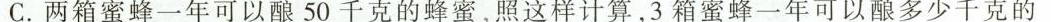
C.两箱蜜蜂一年可以酿50千克的蜂蜜，照这样计算，3箱蜜蜂一年可以酿多少千克的